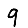
Digit: 9